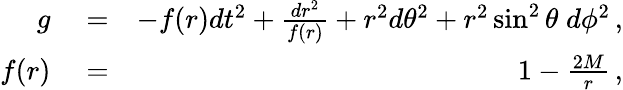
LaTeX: \begin{array}{rlr}{g}&{{}=}&{-f(r)dt^{2}+\frac{dr^{2}}{f(r)}+r^{2}d\theta^{2}+r^{2}\sin^{2}\theta\; d\phi^{2}\, ,}\\ {f(r)}&{{}=}&{1-\frac{2M}{r}\, ,}\end{array}